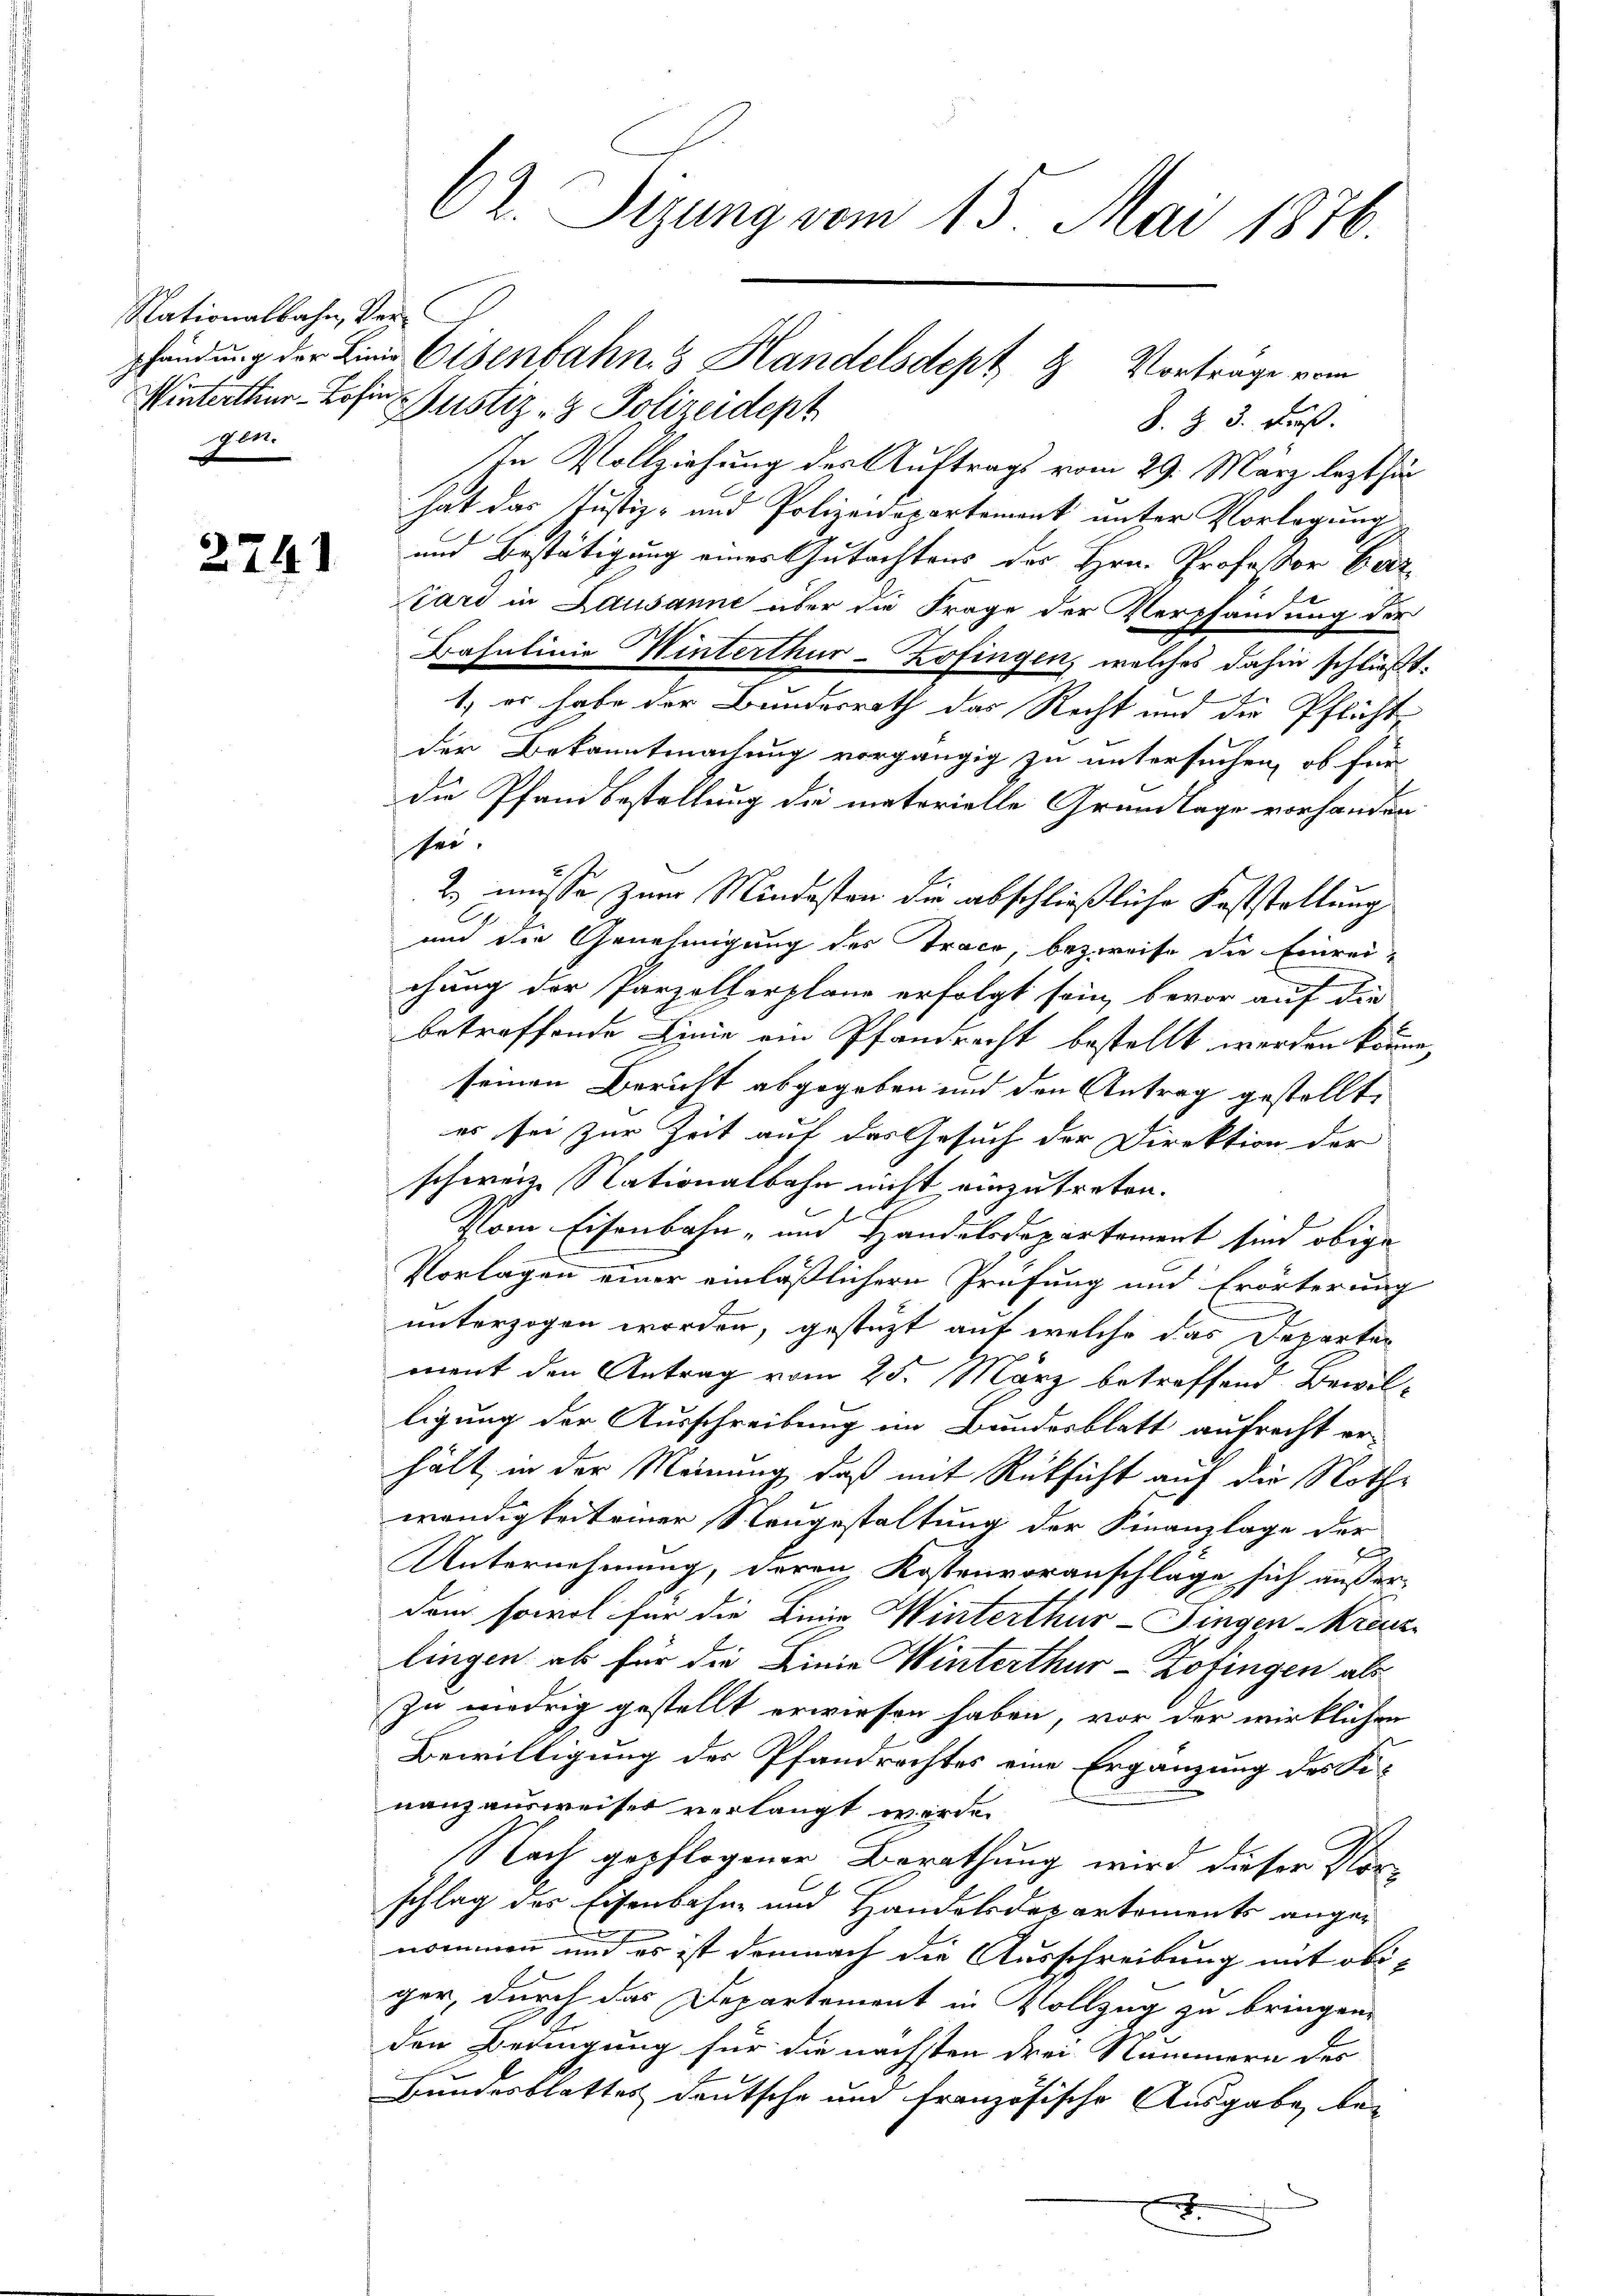
Nationalbahn, Ver¬
Winterthur - Rosine Justiz- & Polizeidept
gen.

2741

62. Sizung vom 15. Mai 1876.

S. Z. 3. Froß.
In Vollziehung des Auftrags vom 29. März lezthin
hat das Justiz- und Polizeidepartement unter Vorlegung
und Bestätigung einer Gutachtens des Hrn. Professor Bez
tard in Lausanne über die Frage der Verpfändung der
Basulinie Winterthur–Zofingen, welches dahin schließt:
1.) es habe der Bundesrath das Recht und die Pflicht
der Bekanntmachung vorgängig zu untersuchen, ob für
die Pfandbestellung die materielle Grundlage vorhander
sei.
2. müsse zum Mindesten die abschließliche Feststellung
und die Genehmigung des Trace, bezweife die Einreichung der Parzelherplane erfolgt sein, bevor auf die
betreffende Linie ein Pfandrecht bestellt werden können,
seinen Bericht abgegeben und den Antrag gestellt,
es sei zur Zeit auf das Gesuch der Direktion der
schweize Nationalbahn nicht einzutreten.
Vom Eisenbahn- und Handelsdopirtement sind obige
Vorlagen einer einläßlichern Prüfung und Erörterung
unterzogen worden, gestützt auf welche das Departen
ment den Antrag vom 25. März betreffend Bewilligung der Ausschreibung im Bundesblatt aufrecht er-
hält in der Meinung, daß mit Rüksicht auf die Nothwendigkeit einer Neugestaltung der Finanzlage der
A
Unternehmung, deren Kostenvoranschläge sich außer-
dem sowol für die Linie Winterthur–Singen-Kreuz
lingen ab für die Linie Winterthur-Zöfingen als
zu niedrig gestellt erwiesen haben, vor der wirklichen
Bewilligung der Pfandrechtes eine Ergänzung des Finanzausweiser verlangt werde.
Nach gepflogener Berathung wird dieser Vorschlag des Eisenbahn- und Handelsdepartements angenommen und es ist demnach die Ausschreibung mit ob
ger, durch das Departement in Vollzug zu bringen,
den Bedingung für die nächsten drei Stammern des
Bundesblattes deutsche und französische Ausgabe be¬

shändung der Linie Eisenbahn. 3 Handelsdept 8 Vortrage vom